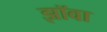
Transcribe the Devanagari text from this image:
झॉवा